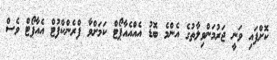
ކޮށްފައި ވަނީ ޖަރުމަންވިލާތުގެ އެންމެ ބޮޑު އެއްއެއާޕޯޓް ކަމަށްވާ ފްރެންކްފުޓް އެއާޕޯޓް ވެސް